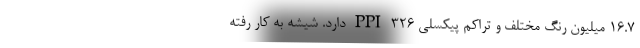
16.7 میلیون رنگ مختلف و تراکم پیکسلی 326 PPI دارد. شیشه به کار رفته